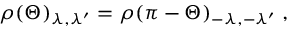
\rho ( \Theta ) _ { \lambda , \lambda ^ { \prime } } = \rho ( \pi - \Theta ) _ { - \lambda , - \lambda ^ { \prime } } \; ,